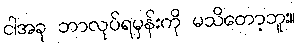
ငါအခု ဘာလုပ်ရမှန်းကို မသိတော့ဘူး။